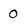
Character: O